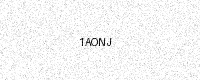
Text: 1AONJ